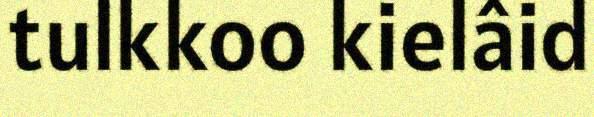
tulkkoo kielâid